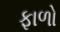
ફાળો